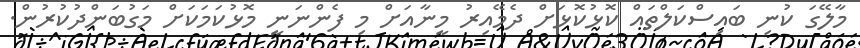
މާލޭގަ ކުނި ބައިސްކަލްތައް ކޮޅުކޮޅަށް ދެމޭއިރު މީނާއަށް މި ފެންނަނީ މޮޅުކަމަކަށް މަގުބަންދުކުރުުން.